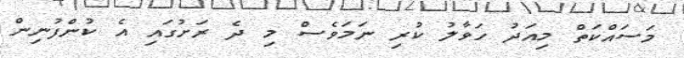
މަސައްކަތް މިއަދު ހަވާލު ކުރި ނަމަވެސް މި ދެ ރަށުގައި އެ ކުންފުނިން